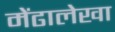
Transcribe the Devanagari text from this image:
मेंढालेखा